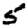
Digit: 5